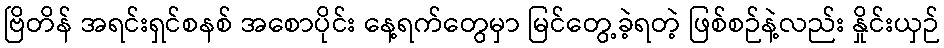
ဗြိတိန် အရင်းရှင်စနစ် အစောပိုင်း နေ့ရက်တွေမှာ မြင်တွေ့ခဲ့ရတဲ့ ဖြစ်စဉ်နဲ့လည်း နှိုင်းယှဉ်